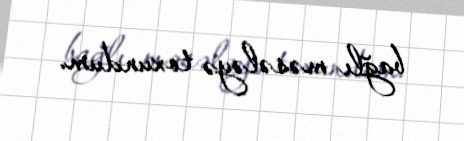
bağlı məsələyə toxundum.